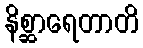
နိစ္ဆာရေတာတိ